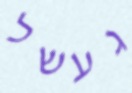
געשל